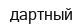
дартный